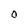
Character: O